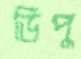
ডিপু